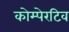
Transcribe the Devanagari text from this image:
कोम्पेरटिव